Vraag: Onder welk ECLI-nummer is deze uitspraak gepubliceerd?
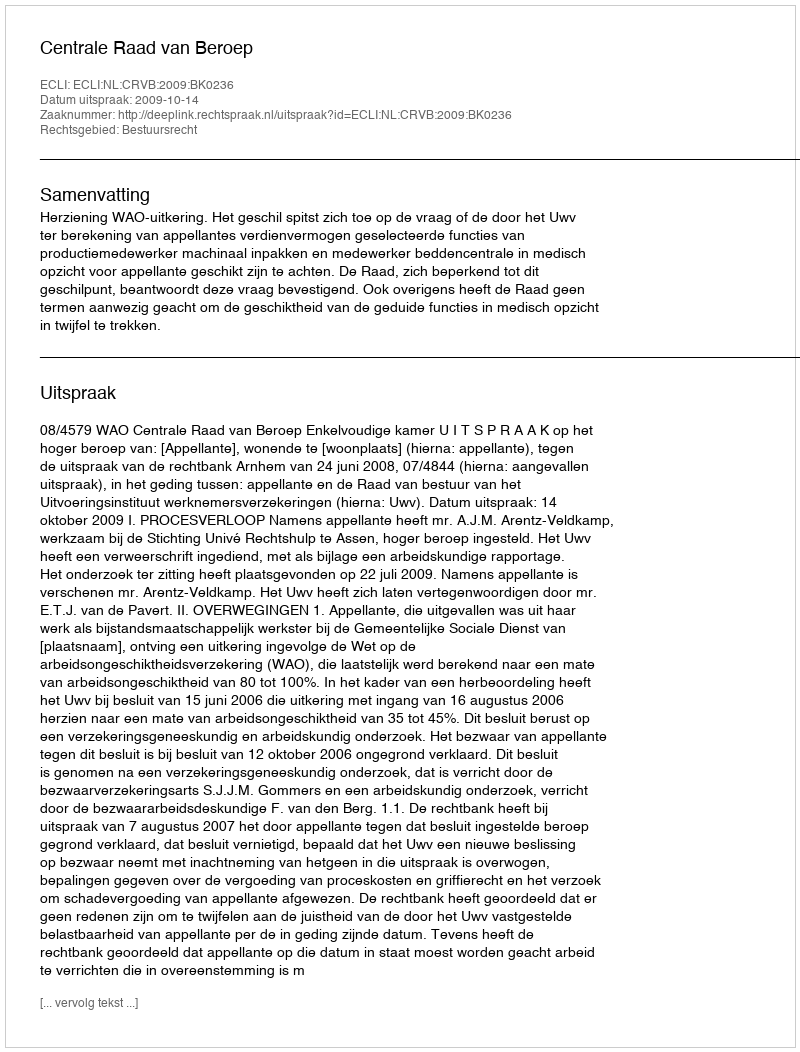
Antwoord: ECLI:NL:CRVB:2009:BK0236